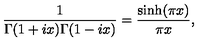
{ \frac { 1 } { \Gamma ( 1 + i x ) \Gamma ( 1 - i x ) } } = { \frac { \sinh ( \pi x ) } { \pi x } } ,